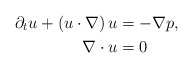
\begin{align*} \partial_t u + (u\cdot \nabla) \,u &= -\nabla p, \\ \nabla \cdot u & = 0 \end{align*}